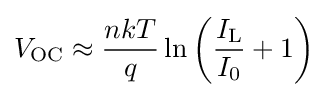
V_{\text{OC}}\approx {\frac {nkT}{q}}\ln \left({\frac {I_{\text{L}}}{I_{0}}}+1\right)